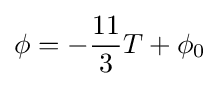
\phi =-{\frac {11}{3}}T+\phi _{0}